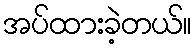
အပ်ထားခဲ့တယ်။